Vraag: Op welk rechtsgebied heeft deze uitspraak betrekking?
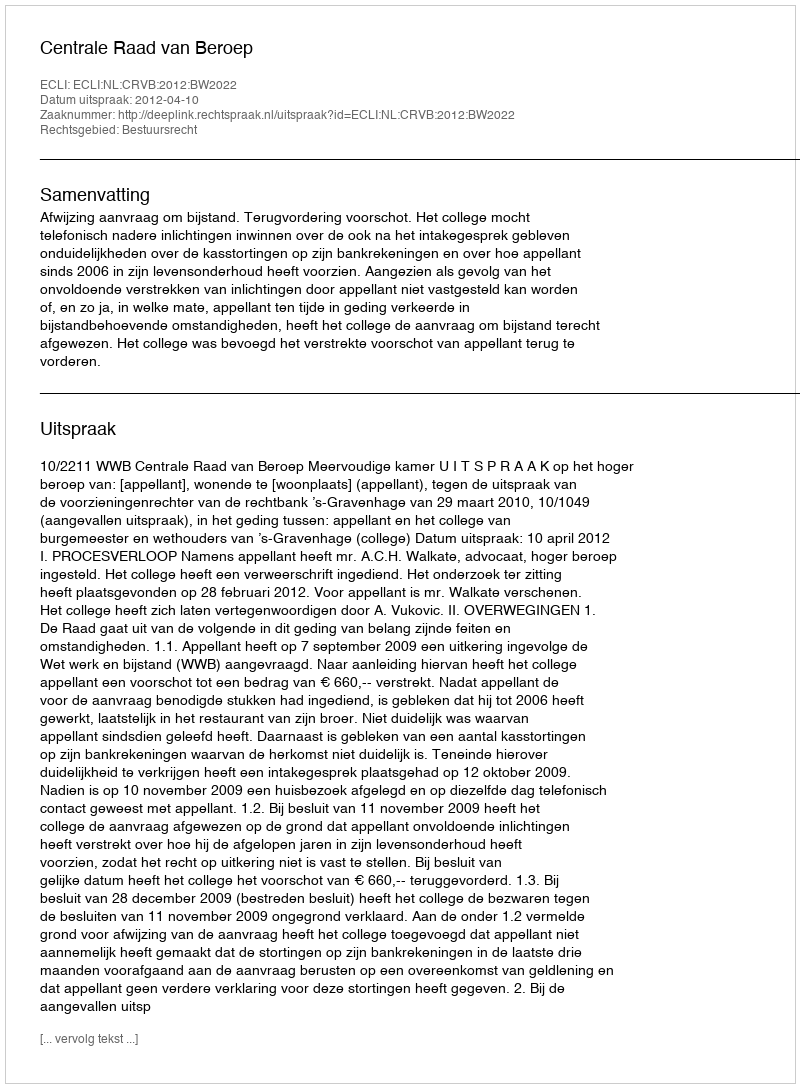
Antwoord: Bestuursrecht